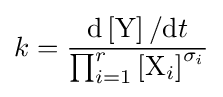
k={\frac {\mathrm {d} \left[\mathrm {Y} \right]/\mathrm {d} t}{\prod _{i=1}^{r}\left[\mathrm {X} _{i}\right]^{\sigma _{i}}}}